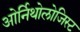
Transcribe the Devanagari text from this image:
ओर्निथोलोजिस्ट